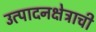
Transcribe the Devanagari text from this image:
उत्पादनक्षेत्राची